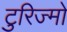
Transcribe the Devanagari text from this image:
टुरिज्मो